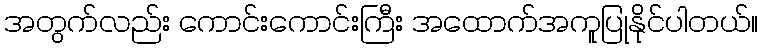
အတွက်လည်း ကောင်းကောင်းကြီး အထောက်အကူပြုနိုင်ပါတယ်။